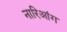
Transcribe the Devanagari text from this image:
नारिआंग